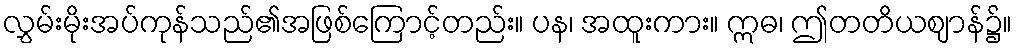
လွှမ်းမိုးအပ်ကုန်သည်၏အဖြစ်ကြောင့်တည်း။ ပန၊ အထူးကား။ ဣဓ၊ ဤတတိယဈာန်၌။